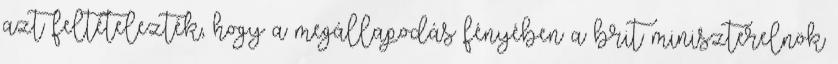
azt feltételezték, hogy a megállapodás fényében a brit miniszterelnök